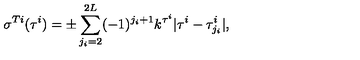
\sigma ^ { T i } ( \tau ^ { i } ) = \pm \sum _ { j _ { i } = 2 } ^ { 2 L } ( - 1 ) ^ { j _ { i } + 1 } k ^ { \tau ^ { i } } | \tau ^ { i } - \tau _ { j _ { i } } ^ { i } | , \,